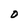
Character: O